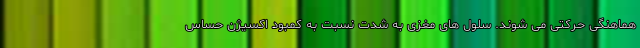
هماهنگی حرکتی می شوند. سلول های مغزی به شدت نسبت به کمبود اکسیژن حساس